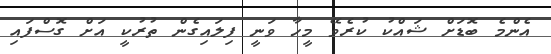
އެންމެ ބޮޑަށް ޝައްްކު ކުރެވޭ މީހާ ވަނީ ފިލައިގެން ތުރުކީ އަށް ގޮސްފައި